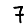
Digit: 7